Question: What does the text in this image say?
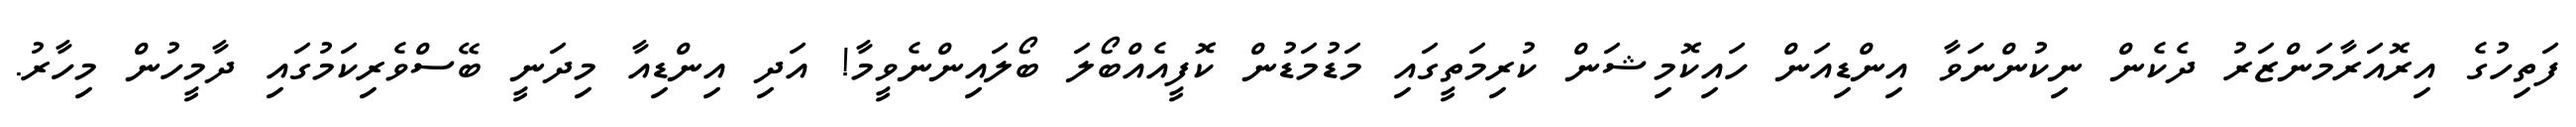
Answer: ފަތިހުގެ އިރޮއަރާމަންޒަރު ދެކެން ނިކުންނަވާ އިންޑިއަން ހައިކޮމިޝަން ކުރިމަތީގައި މަޑުމަޑުން ކޮފީއެއްބޯލަ ބޯލައިންނެވީމާ! އަދި އިންޑިއާ މިދަނީ ބޭސްވެރިކަމުގައި ދާމީހުން މިހާރު.